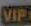
VIP